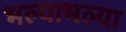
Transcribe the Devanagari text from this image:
भल्याभल्या